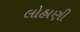
લોહાણી